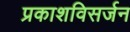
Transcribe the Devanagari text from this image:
प्रकाशविसर्जन